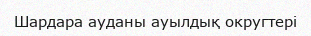
Шардара ауданы ауылдық округтері